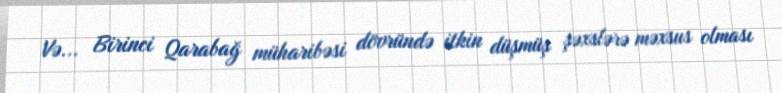
Və... Birinci Qarabağ müharibəsi dövründə itkin düşmüş şəxslərə məxsus olması